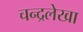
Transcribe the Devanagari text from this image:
चन्द्रलेखा